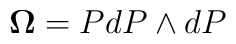
{\bf\Omega}=PdP\wedge dP